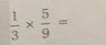
\frac { 1 } { 3 } \times \frac { 5 } { 9 } =